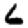
Digit: 6